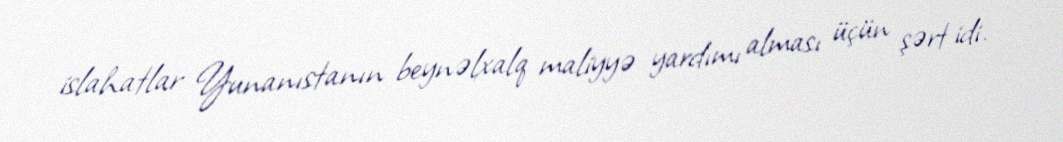
islahatlar Yunanıstanın beynəlxalq maliyyə yardımı alması üçün şərt idi.